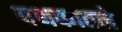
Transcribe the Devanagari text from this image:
पथकातले